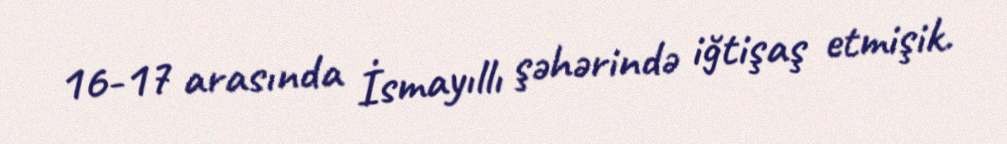
16-17 arasında İsmayıllı şəhərində iğtişaş etmişik.